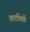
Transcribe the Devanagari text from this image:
बार्टीतर्फे